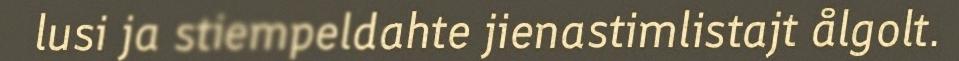
lusi ja stiempeldahte jienastimlistajt ålgolt.